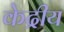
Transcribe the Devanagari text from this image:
केद्रीय